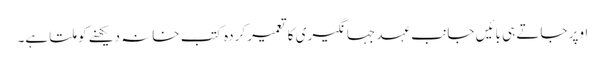
اوپر جاتے ہی بائیں جانب عہد جہانگیری کا تعمیر کردہ کتب خانہ دیکھنے کو ملتا ہے۔